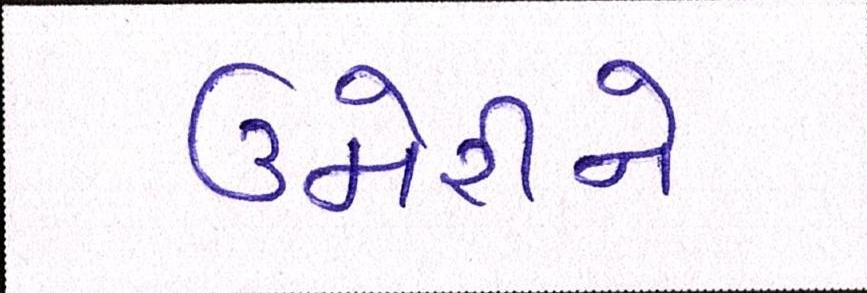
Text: ઉમેરીને